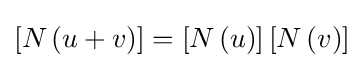
\left[N\left(u+v\right)\right]=\left[N\left(u\right)\right]\left[N\left(v\right)\right]